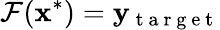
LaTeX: \mathcal{F}(\mathbf{x}^{*})=\mathbf{y}_{\mathrm{~t~a~r~g~e~t~}}